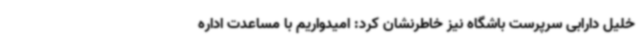
خلیل دارابی سرپرست باشگاه نیز خاطرنشان‌ کرد: امیدواریم با مساعدت اداره